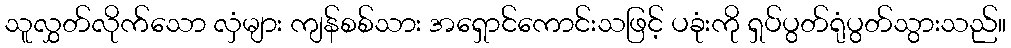
သူလွှတ်လိုက်သော လှံများ ကျန်စစ်သား အရှောင်ကောင်းသဖြင့် ပခုံးကို ရှပ်ပွတ်ရုံပွတ်သွားသည်။